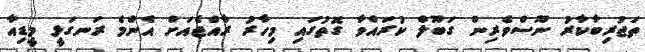
ތަޖުރިބާކާރު ނޫސްވެރިން ގަބޫލް ކުރައްވާ ގޮތުގައި މިހާރު ރާއްޖެއަށް އެންމެ ރަނގަޅީ މީޑިއާ